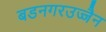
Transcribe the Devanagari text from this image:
बडनगरउज्जैन